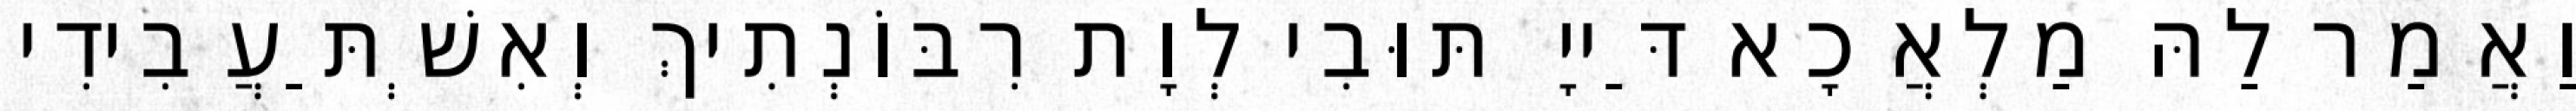
וַאֲמַר לַהּ מַלְאֲכָא דַּייָ תּוּבִי לְוָת רִבּוֹנְתִיךְ וְאִשְׁתַּעֲבִידִי